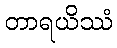
တာရယိဿံ